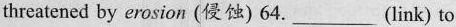
threatened by erosion (侵蚀) 64. ___ (link) to